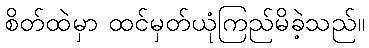
စိတ်ထဲမှာ ထင်မှတ်ယုံကြည်မိခဲ့သည်။